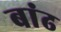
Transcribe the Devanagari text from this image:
बांढ